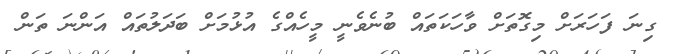
ގިނަ ފަހަރަށް މިގޮތަށް ވާހަކަތައް ބުނެވެނީ މީހެއްގެ އުޅުމަށް ބަދަލުތައް އަންނަ ތަން